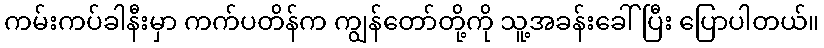
ကမ်းကပ်ခါနီးမှာ ကက်ပတိန်က ကျွန်တော်တို့ကို သူ့အခန်းခေါ်ပြီး ပြောပါတယ်။